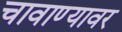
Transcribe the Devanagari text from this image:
चावाण्यावर